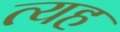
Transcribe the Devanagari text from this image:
त्यह